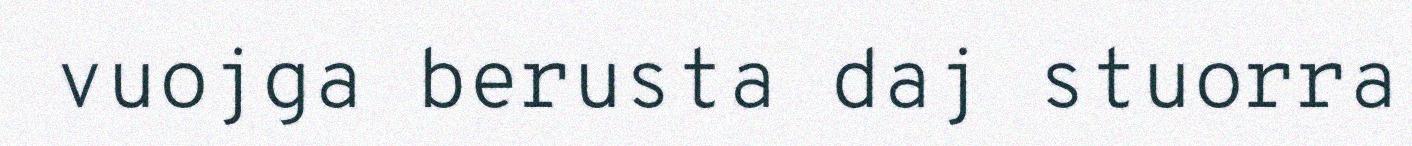
vuojga berusta daj stuorra